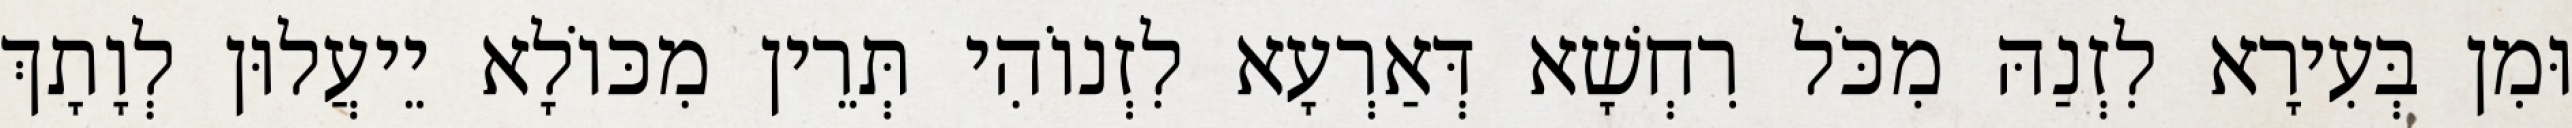
וּמִן בְּעִירָא לִזְנַהּ מִכֹּל רִחְשָׁא דְּאַרְעָא לִזְנוֹהִי תְּרֵין מִכּוֹלָא יֵיעֲלוּן לְוָתָךְ